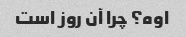
اوه؟ چرا آن روز است